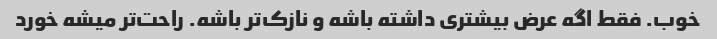
خوب. فقط اگه عرض بیشتری داشته باشه و نازک‌تر باشه. راحت‌تر میشه خورد